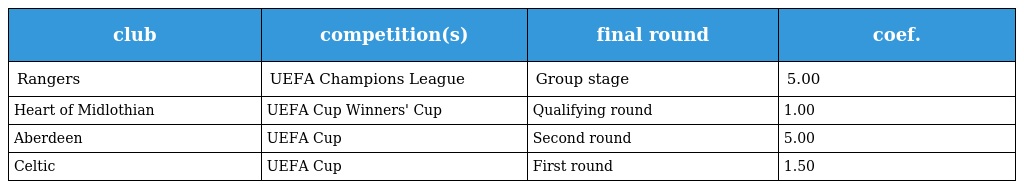
| club | competition(s) | final round | coef. |
 | --- | --- | --- | --- |
 | Rangers | UEFA Champions League | Group stage | 5.00 |
 | Heart of Midlothian | UEFA Cup Winners' Cup | Qualifying round | 1.00 |
 | Aberdeen | UEFA Cup | Second round | 5.00 |
 | Celtic | UEFA Cup | First round | 1.50 |